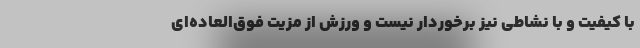
با کیفیت و با نشاطی نیز برخوردار نیست و ورزش از مزیت فوق‌العاده‌ای